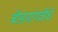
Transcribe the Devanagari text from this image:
बीडसांगवीचे